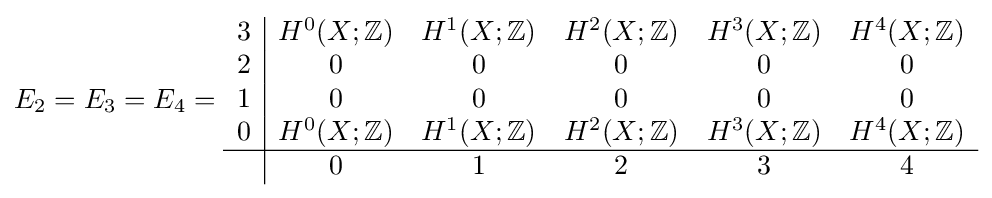
E_{2}=E_{3}=E_{4}={\begin{array}{c|ccccc}3&H^{0}(X;\mathbb {Z} )&H^{1}(X;\mathbb {Z} )&H^{2}(X;\mathbb {Z} )&H^{3}(X;\mathbb {Z} )&H^{4}(X;\mathbb {Z} )\\2&0&0&0&0&0\\1&0&0&0&0&0\\0&H^{0}(X;\mathbb {Z} )&H^{1}(X;\mathbb {Z} )&H^{2}(X;\mathbb {Z} )&H^{3}(X;\mathbb {Z} )&H^{4}(X;\mathbb {Z} )\\\hline &0&1&2&3&4\end{array}}